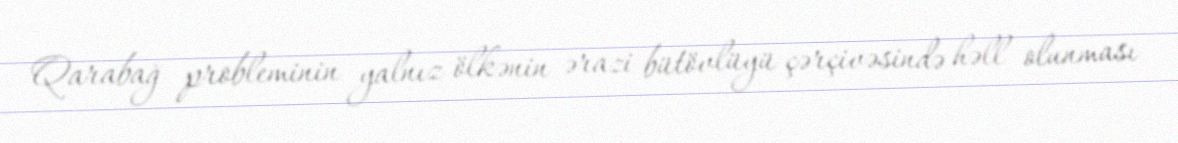
Qarabağ probleminin yalnız ölkənin ərazi bütövlüyü çərçivəsində həll olunması